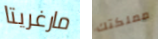
مارغريتا مملكتك